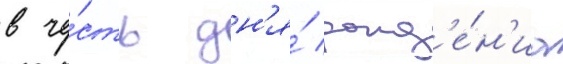
в че́сть дн'я́ рожд'е́н'иа